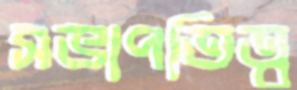
সভাপতিত্ব